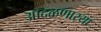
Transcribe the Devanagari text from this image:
आदळणार्‍या